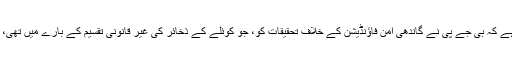
مجھے اس بات پر حیرت ہے کہ بی جے پی نے گاندھی امن فاؤنڈیشن کے خلاف تحقیقات کو، جو کوئلے کے ذخائر کی غیر قانونی تقسیم کے بارے میں تھی، کس طرح فراموش کر دیا۔